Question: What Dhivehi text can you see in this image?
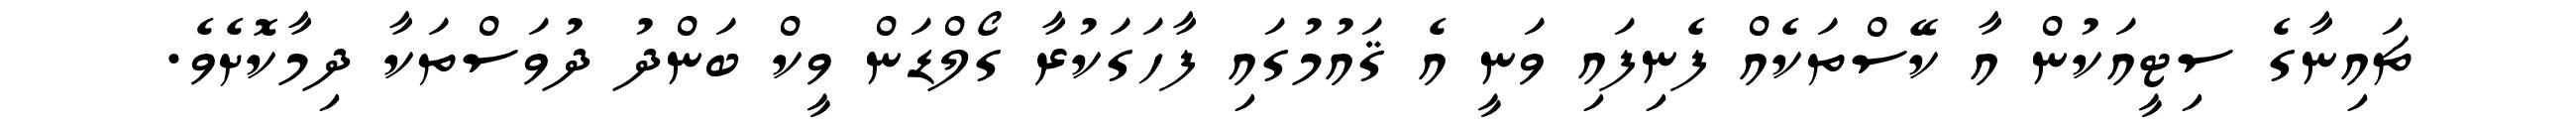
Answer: ޗައިނާގެ ސިޓީއަކުން އާ ކޭސްތަކެއް ފެނިފައި ވަނީ އެ ޤައުމުގައި ފާހަގަކުރާ ގޯލްޑަން ވީކް ބަންދު ދުވަސްތަކާ ދިމާކޮށެވެ.